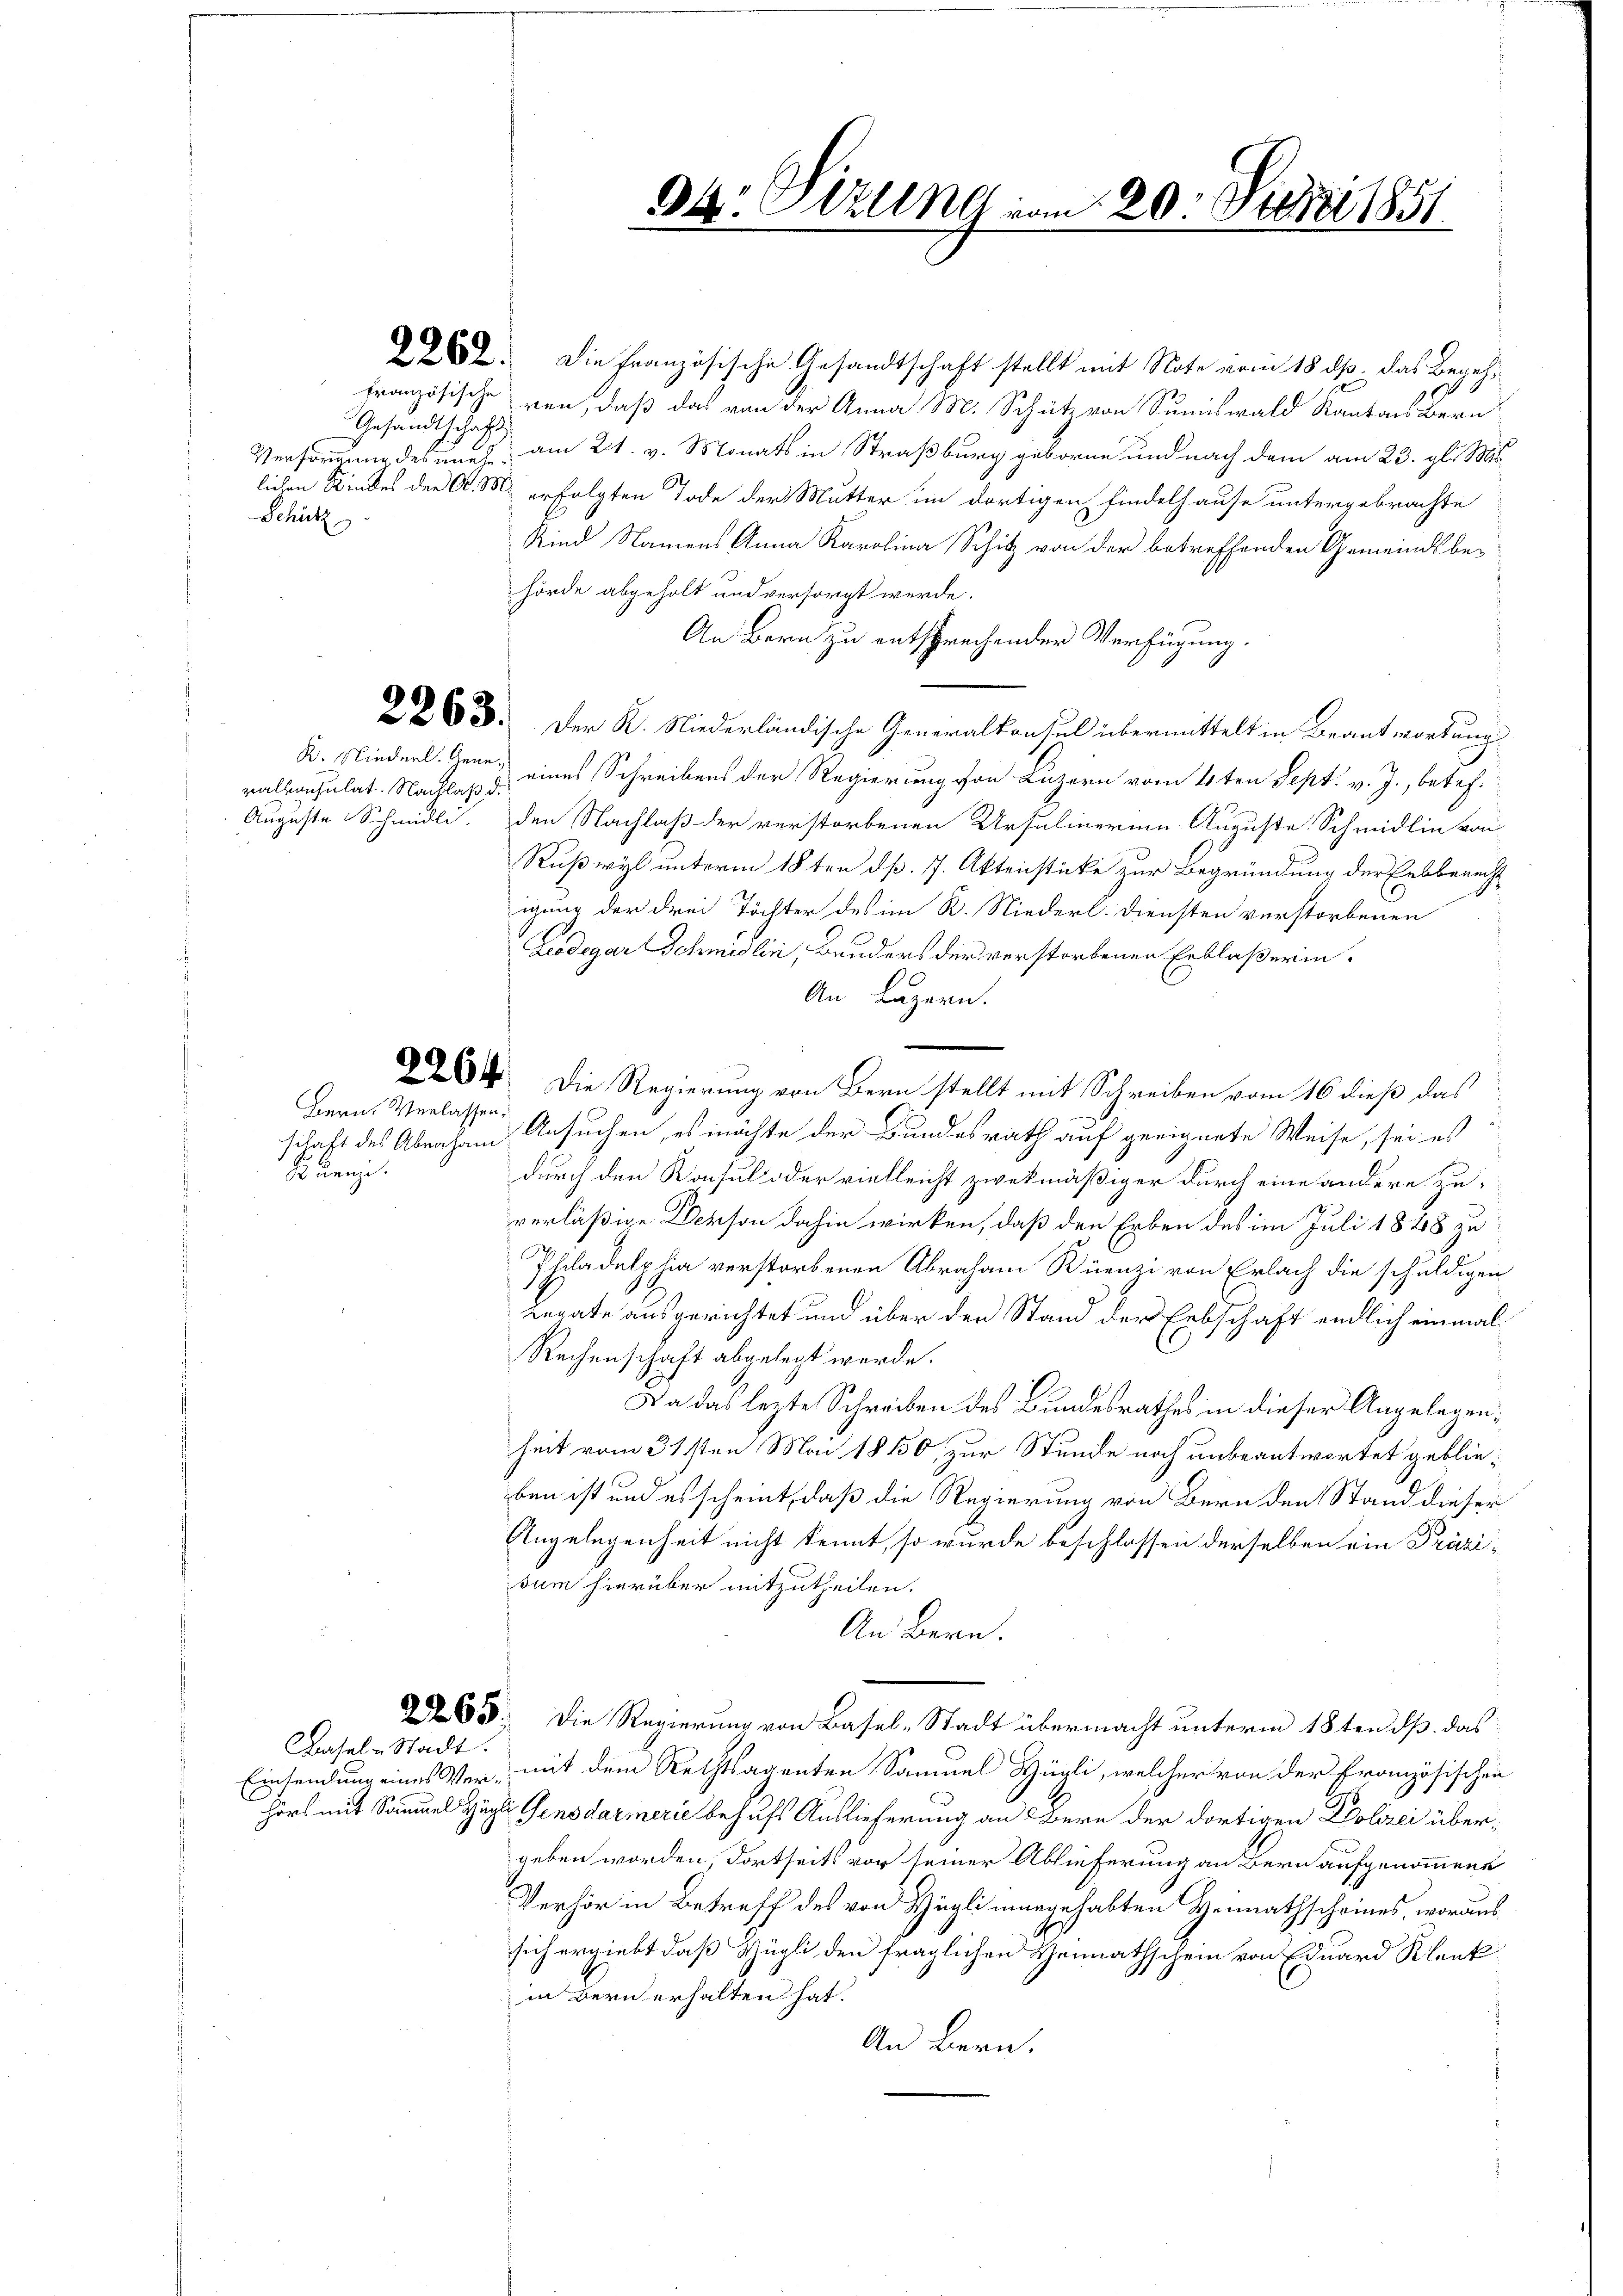
Gesandtschaft
Schütz

ralkonsulat. Nachlaß di

Bern, Verlassen,
Scluenz.

Basel-Stadt.
Einsamlung eines Ve

82. Die Französische Gesandtschaft stellt mit Note vom 18. ds. das Begehtranzösische ven, daß das von der Anna M. Schütz von Summiswald Kantons Bern
Versorgung des nach am 21. v. Monats in Straßburg geboren und nach dem am 23. gl. Ms.
lichen Kindes der A. M. erfolgten Tode der Mutter im dortigen findelhause untergebrachte
Kind Namens Anna Karolina Schitz von der betreffenden Gemeindsbehörde abgeholt und versorgt werde.
An Bern zu entsprechender Verfügung.
 33. Der K. Niederländische Generalkonsul übermittelt in Beantwortung
K. Niederl. Gener eines Schreibens der Regierung von Luzern vom 4ten Sept. v. J., betref¬
Auguste Schmidli. Den Nachlaß der verstorbenen Ursulinerung Auguste Schmidlin von
Rußwyl unterm 18ten d. 7. Aktenstücke zur Begründung der Erbberecht
igung der drei Töchter des im R. Niederl. Diensten verstorbenen
Leodegar Schmidlin, Bruders der verstorbenen Erblaßerin-
An Luzern.
u
34. Die Regierung von Bern stellt mit Schreiben vom 16 dieß das
schaft des Abraham Ansuchen, es möchte der Bundesrath auf geeignete Weise, sei es
durch den Konsul oder vielleicht zwekmäßiger durch eine andere Zuverläßige Verson dahin wirken, daß den Erben des im Juli 1848 zu
Philadelphia verstorbenen Abraham Rüenzi von Erlach die schuldigen
Berate ausgerichtet und über den Stand der Erbschaft endlich einmal
Rechenschaft abgelegt werde.
Da das lezte Schreiben des Bundesrathes in dieser Angelegenheit vom 31sten Mai 1810, zur Stunde noch unbeantwortet geblieben ist und es scheint, daß die Regierung von Bern den Stand dieser
Angelegenheit nicht kennt, so wurde beschlossen derselben ein Präsisum hierüber mitzutheilen.
An Bern.
203: Die Regierung von Basel-Stadt übermacht unterm 18ten d. das
u. mit dem Rechtsagenten Samuel Hügli, welcher von der Französischen
hors mit Sammel Zugler Gensdarmerie behufs Auslieferung an Bern der dortigen Polizei übergeben worden, dortseits vor seiner Ablieferung an Bern aufgenommene
Verhör in Betreff des von Hügli mangehabten Heimathscheines, woraus
sich ergiebt, daß Zügli den fraglichen Heimathschein von Eduard Klank
in Bern erhalten hat.
An Bern.

94. Will vom 20. März 1851